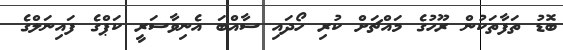
ބޮޑު ތަފާތަކުން ރޫހުގެ މައްޗަށް ކުރި ހޯދައި ސާއްބަ އެނިވާސަރީ ކަޕްގެ ފައިނަލްގެ